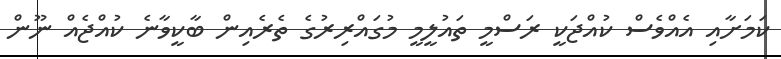
ކަމަށާއި އެއްވެސް ކުއްޖަކީ ރަސްމީ ތައުލީމީ މުގައްރިރުގެ ތެރެއިން ބާކީވާނެ ކުއްޖެއް ނޫން